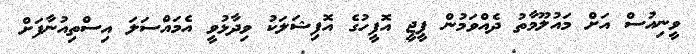
ވީނިއުސް އަށް މައުލޫމާތު ދެއްވަމުން ޕީޖީ އޮފީހުގެ އޮފިޝަލަކު ވިދާޅުވީ އެމައްސަލަ އިސްތިއުނާފަށް